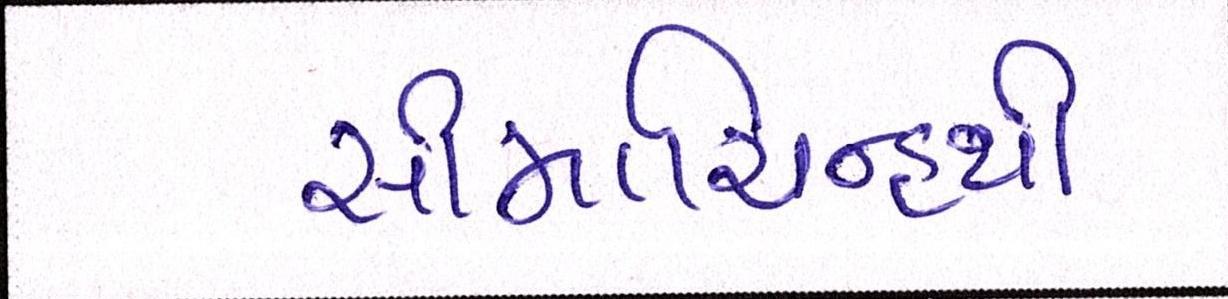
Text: સીમાચિન્હથી